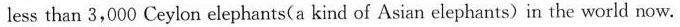
only less than 3,000 Ceylon elephants(a kind of Asian elephants) in the worid now.